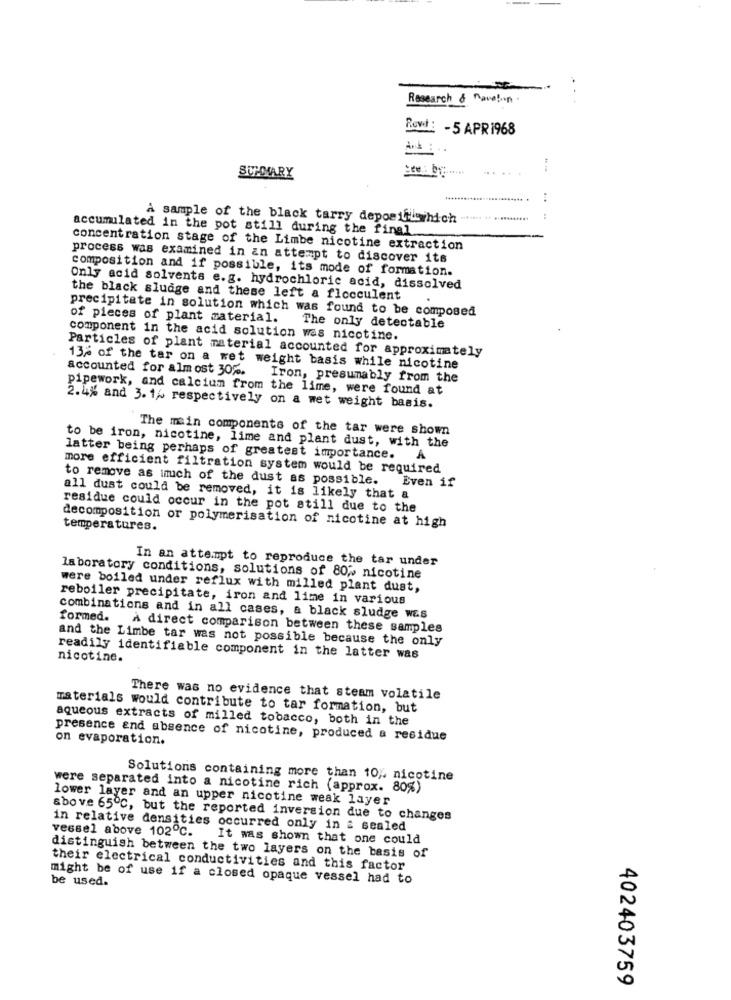
Research & novoton
Rowt :
-5 APR 1968
SUMMARY
A sample of the black tarry depositiwhich
accumulated in the pot still during the final
concentration stage of the Limbe nicotine extraction
process was examined in an attempt to discover its
composition and if possible, its mode of formation.
Only acid solvents e.g. hydrochloric acid, dissolved
the black sludge and these left a flocculent
precipitate in solution which was found to be composed
of pieces of plant material.
The only detectable
component in the acid solution was nicotine.
Particles of plant material accounted for approximately
accounted for almost 30%.
13% of the tar on a wet weight basis while nicotine
Iron, presumably from the
pipework, and calcium from the lime, were found at
2.4% and 3. 1% respectively on a wet weight basis.
The main components of the tar were shown
to be iron, nicotine, lime and plant dust, with the
latter being perhaps of greatest importance. A
more efficient filtration system would be required
to remove as imuch of the dust as possible. Even if
all dust could be removed, it is likely that a
residue could occur in the pot still due to the
decomposition or polymerisation of nicotine at high
temperatures.
In an attempt to reproduce the tar under
laboratory conditions, solutions of 80% nicotine
were boiled under reflux with milled plant dust,
reboiler precipitate, iron and lime in various
combinations and in all cases, a black sludge was
formed. A direct comparison between these samples
and the Limbe tar was not possible because the only
nicotine.
readily identifiable component in the latter was
There was no evidence that steam volatile
materials would contribute to tar formation, but
aqueous extracts of milled tobacco, both in the
presence and absence of nicotine, produced a residue
on evaporation.
Solutions containing more than 10% nicotine
were separated into a nicotine rich (approx. 80%)
lower layer and an upper nicotine weak layer
above 65℃, but the reported inversion due to changes
in relative densities occurred only in : sealed
vessel above 102℃. It was shown that one could
distinguish between the two layers on the basis of
their electrical conductivities and this factor
might be of use if a closed opaque vessel had to
be used.
402403759